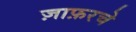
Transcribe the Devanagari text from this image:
ज़ाफ़रचे